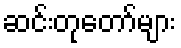
ဆင်းတုတော်များ